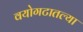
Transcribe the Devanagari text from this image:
वयोगटातल्या